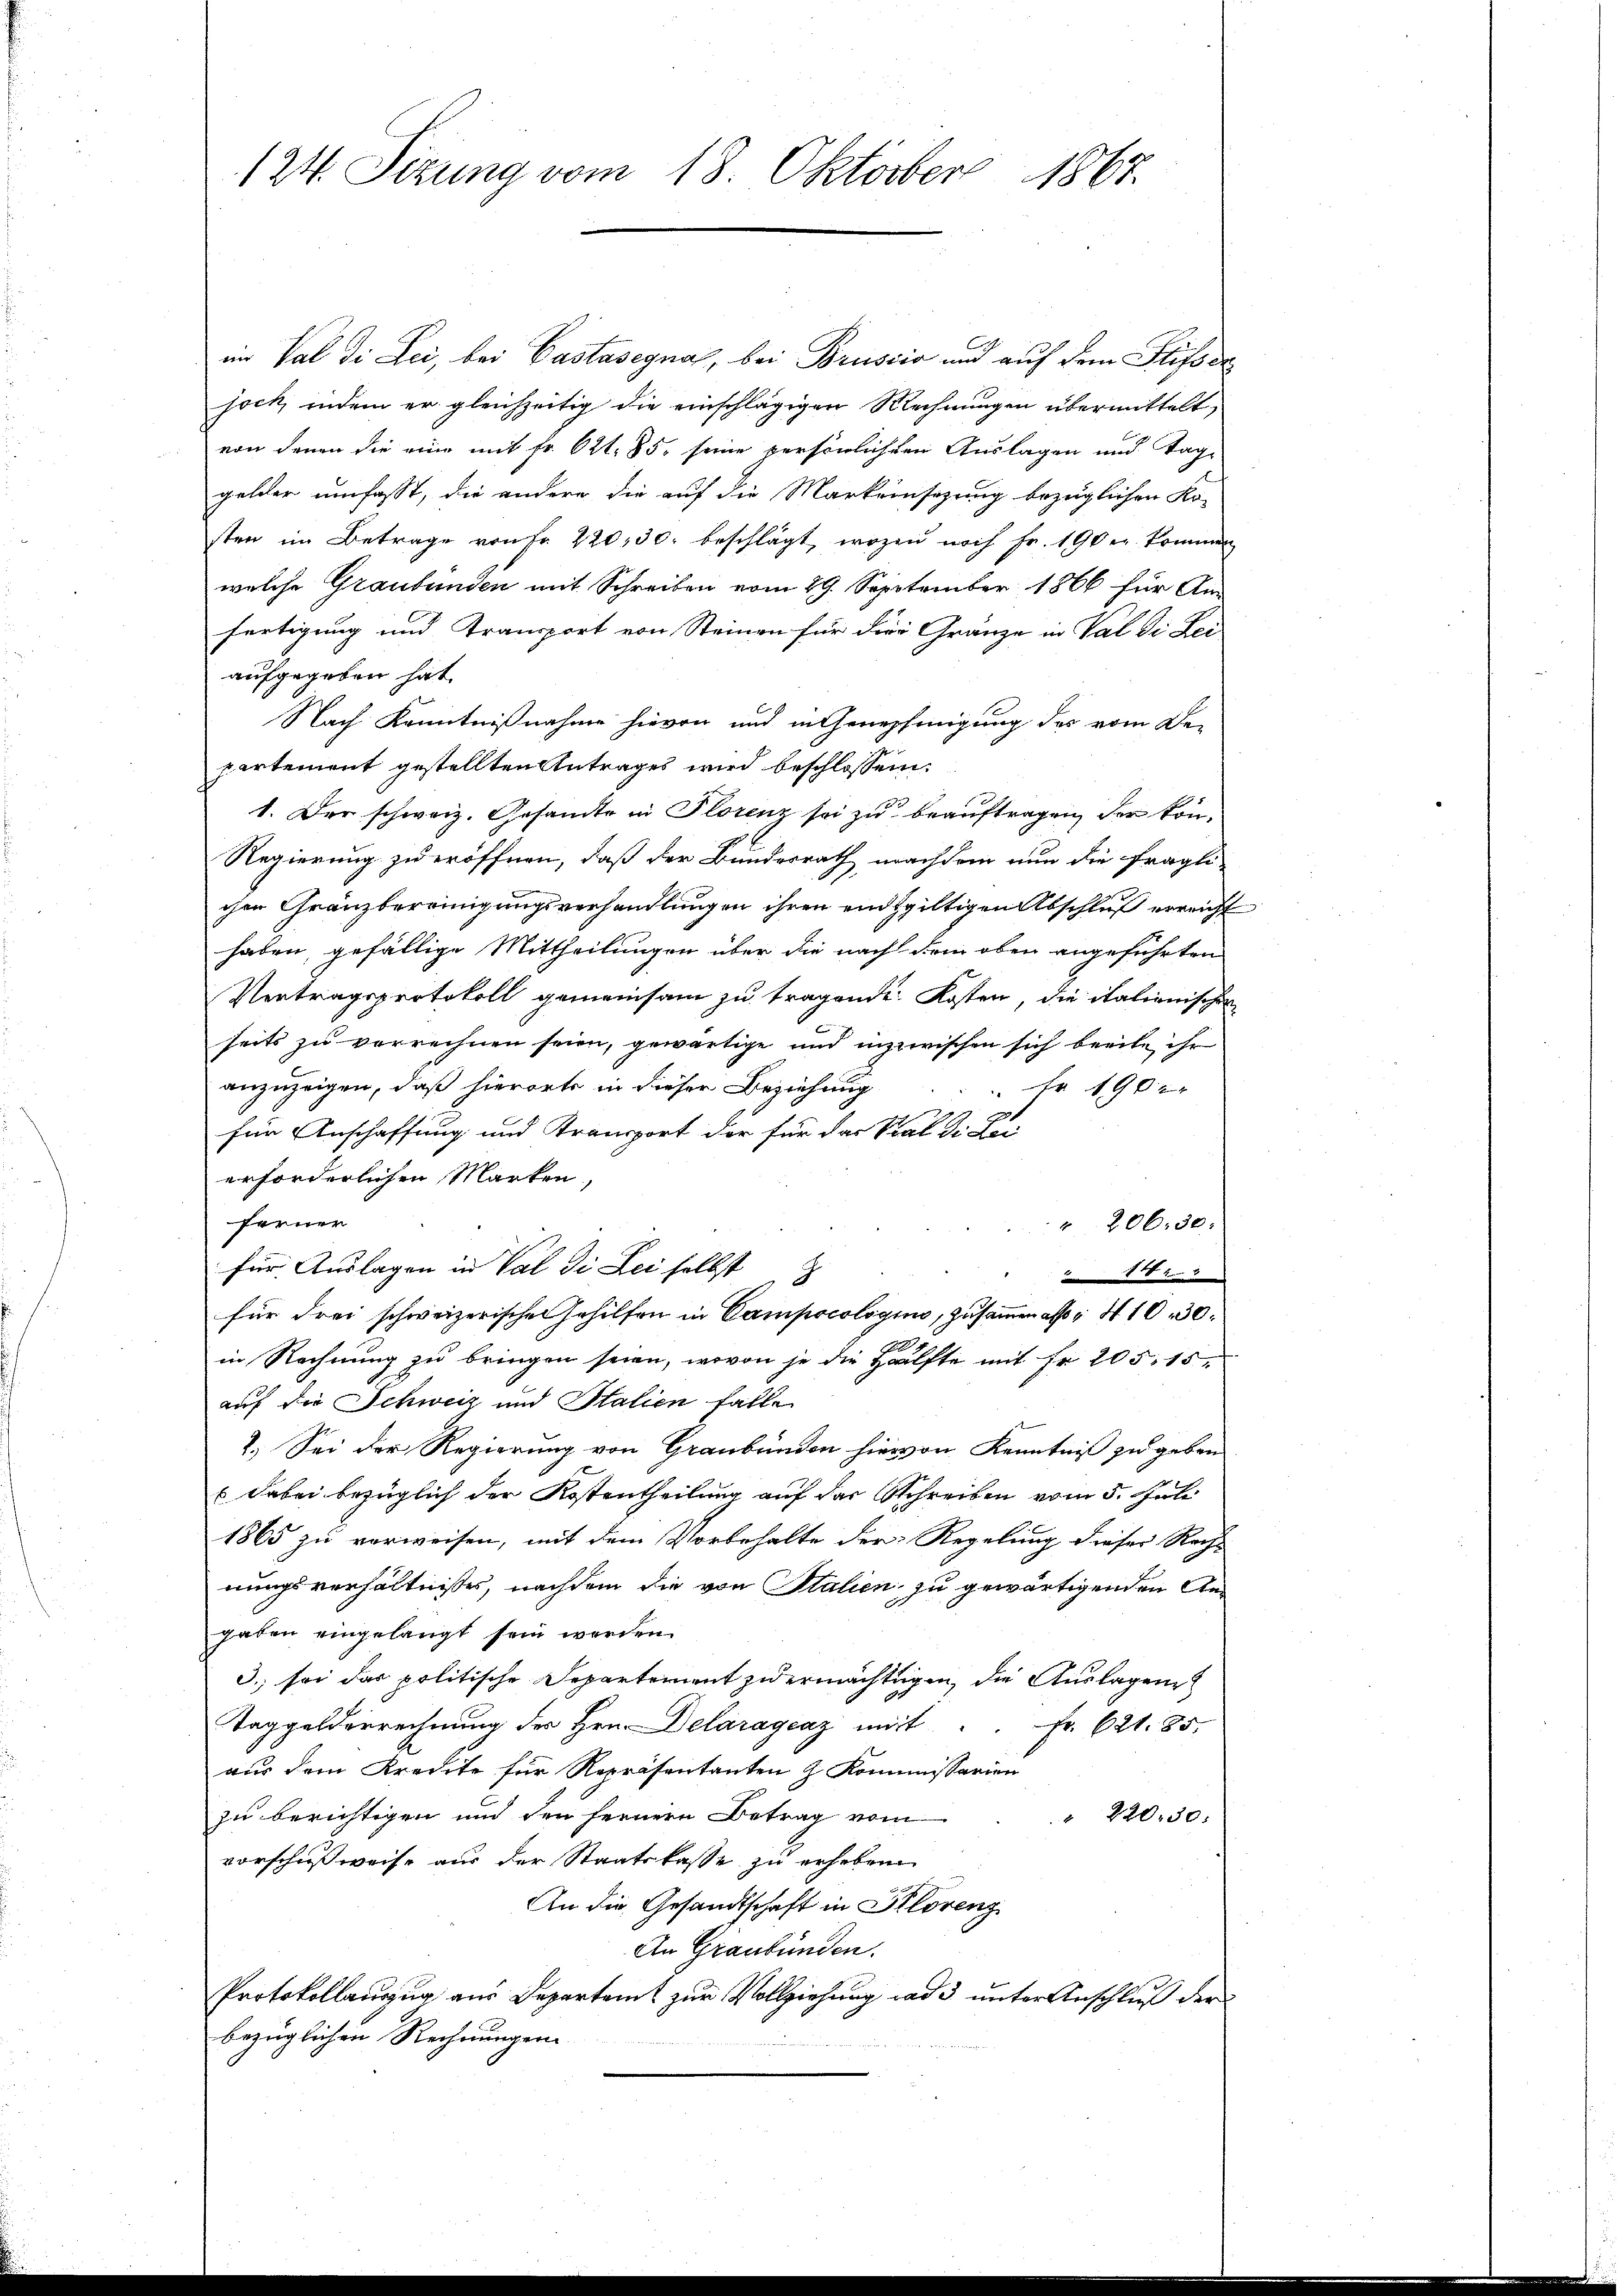
124. Sitzung vom 18. Oktober 1867.

in Val di Lei, bei Castasegnas, bei Brüscio und auf dem Stifs de
joch, indem er gleichzeitig die einschlägigen Rechnungen übermittelt,
von denen die eine mit Fr. 621. 85, seine persönlichten Auslagen und Tage
gelder umfasst, die andere die auf die Markeinsazung bezüglichen Ko-
sten im Betrage von Fr. 220, 30. beschlägt, wozu noch Fr. 190 er kommen
welche Graubünden mit Schreiben vom 29. September 1866 für An-
fertigung und Transport von Steinen für die Gränze in Val di Lei
aufgehoben hat.
Nach Kenntnißnahme hievon und in Genehmigung des vom De-
partement gestellten Antrages wird beschlossen:
1. Der schweiz. Gesamte in Florenz sei zu beauftragen, der kön¬
Regierung zu eröffnen, daß der Bundesrath nachdem nun die fragli-
chen Gränzbereinigungsverhandlungen ihren eidsgiltigen Abschluß erreicht
haben, gefällige Mittheilungen über die nach dem oben angeführten
Vertragsprotokoll gemeinsam zu tragende Kosten, die italienischen
seits zu verrechnen seien, gewärtige und inzwischen sich beeile ihr
anzuzeigen, daß hierorts in dieser Beziehung
 Nr 1902
für Anschaffung und Transport der für das Stal di Lei
erforderlichen Marken,
ferner
" 206. 30.
für Auslagen in Val di Lei selbst
1
für drei schweizerischen Gehilfen in Campocologis, zusammen als 410 30.
1
in Rechnung zu bringen seien, wovon je die Hälfte mit Fr. 205, 15
auf die Schweiz und Stalien falle
2.) Sei der Regierung von Graubünden hiervon Kenntniß zu geben
 dabei bezüglich der Kostentheilung auf das Schreiben vom 5. Juli
1865 zu verweisen, mit dem Vorbehalte der Regelung dieser Rech-
nungsverhältnisses, nachdem die von Stalien zu gewärtigenden Angaben eingelangt sein worden.
3. sei das politische Departement zu ermächtigen, die Auslagen
Taggelderrechnung des Hrn. Delaragcaz mit
Fr. 621. 85.
aus dem Kredite für Repräsentanten z. Kommissarien
zu berichtigen und den fernern Betrag vom
" 220. 30.
vorschußweise aus der Staatskasse zu erheben
An die Gesandtschaft in Florenz
An Graubünden.
Protokollauszug aus Departamt zur Vollziehung ad 3 unter Anschluß der
bezüglichen Rechnungen

u